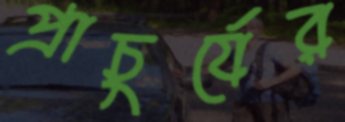
প্রাচুর্যের